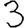
Digit: 3